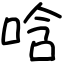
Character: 唅